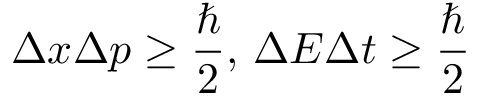
\Delta x \Delta p \geq { \frac { \hbar } { 2 } } , \, \Delta E \Delta t \geq { \frac { \hbar } { 2 } }